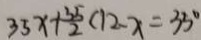
3 5 x + \frac { 3 5 } { 2 } ( 1 2 - x = 3 5 ^ { \circ }